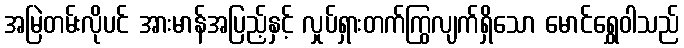
အမြဲတမ်းလိုပင် အားမာန်အပြည့်နှင့် လှုပ်ရှားတက်ကြွလျက်ရှိသော မောင်ရွှေဝါသည်